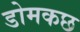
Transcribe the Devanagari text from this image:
डोमकछ